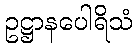
ဥဋ္ဌာနပေါရိသံ